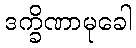
ဒက္ခိဏာမုခေါ